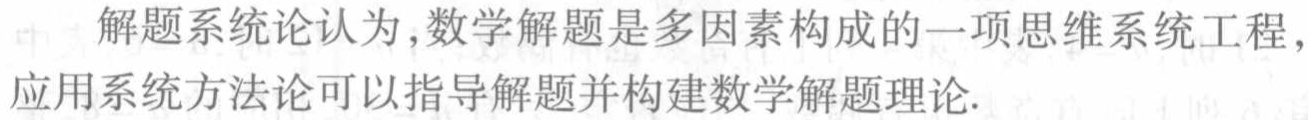
解题系统论认为,数学解题是多因素构成的一项思维系统工程,应用系统方法论可以指导解题并构建数学解题理论.